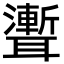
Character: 聻